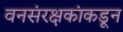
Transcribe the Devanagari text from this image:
वनसंरक्षकांकडून